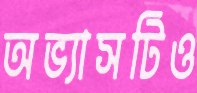
অভ্যাসটিও